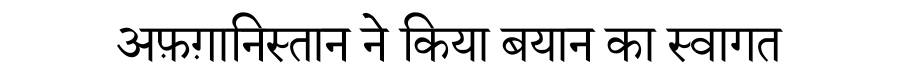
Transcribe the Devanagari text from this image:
अफ़ग़ानिस्तान ने किया बयान का स्वागत